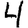
Digit: 4